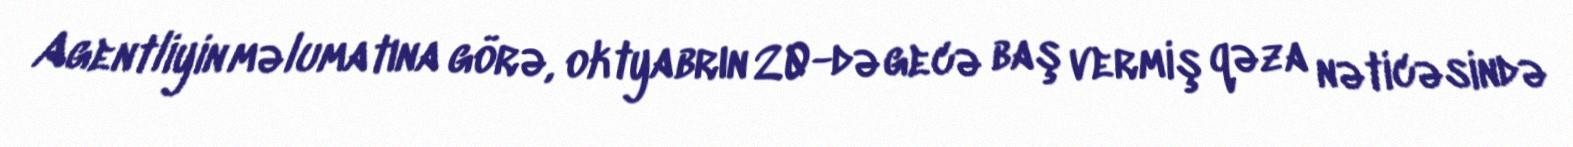
Agentliyin məlumatına görə, oktyabrın 20-də gecə baş vermiş qəza nəticəsində